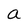
Character: a